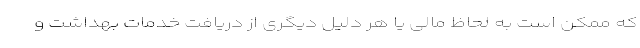
که ممکن است به لحاظ مالی یا هر دلیل دیگری از دریافت خدمات بهداشت و